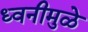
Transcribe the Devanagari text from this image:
ध्वनीमुळे